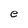
Character: e